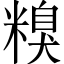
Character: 糗